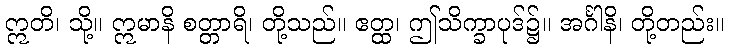
ဣတိ၊ သို့။ ဣမာနိ စတ္တာရိ၊ တို့သည်။ ဧတ္ထ၊ ဤသိက္ခာပုဒ်၌။ အင်္ဂါနိ၊ တို့တည်း။